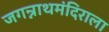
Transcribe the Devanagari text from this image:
जगन्नाथमंदिराला